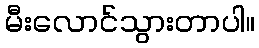
မီးလောင်သွားတာပါ။